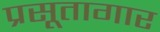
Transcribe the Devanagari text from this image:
प्रसूतागार